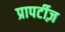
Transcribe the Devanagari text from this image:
प्रापर्टीज़